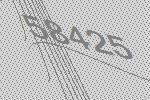
58425